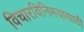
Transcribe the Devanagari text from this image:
विचारविनिमयासाठी